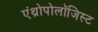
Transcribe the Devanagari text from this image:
एंथ्रोपोलॉजिस्ट